Indian journal of veterinary science and animal husbandry - Volumes 22-23, 1952-1953
Year: 1952
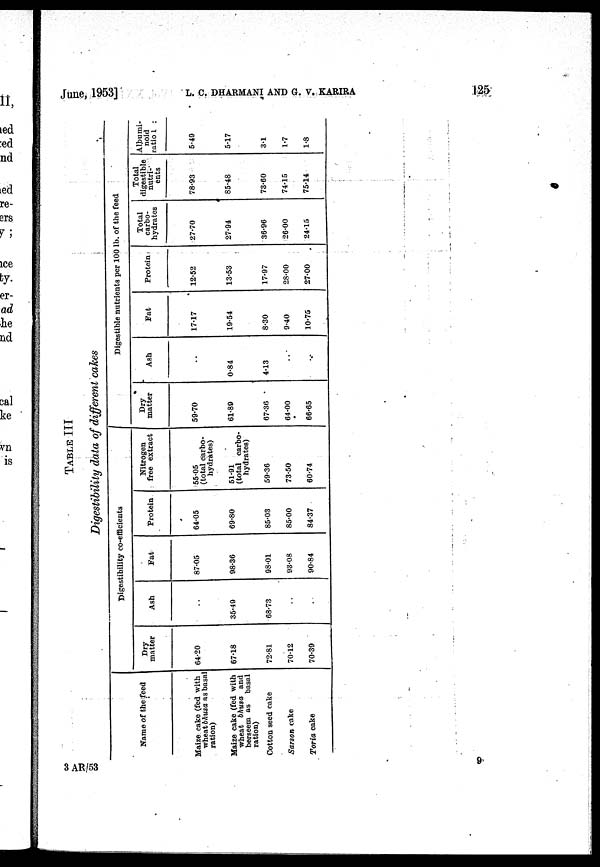
June, 1953]
L.
C.
DHARMANI
AND
G.
V.
KARIRA
125
TABLE III
Digestibility data of different cakes
Name of the feed
Maize cake (fed with
wheat bhusa as basal
ration)
Maize cake (fed with
wheat bhusa and
berseem as basal
ration)
Cotton seed cake
Sarson cake
Toria cake
Digestibility co-efficients
Dry
matter
64.20
67.18
72.81
70.12
70.39
Ash
..
35.49
68.73
..
..
Fat
87.05
98.36
98.01
93.08
90.84
Protein
64.05
69.80
85.03
85.00
84.37
Nitrogen
free extract
55.05
(total carbo-
hydrates)
51.91
(total carbo-
hydrates)
59.36
73.50
60.74
Digestible nutrients per 100 lb. of the feed
Dry
matter
59.70
61.89
67.36
64.00
66.65
Ash
..
0.84
4.13
..
..
Fat
17.17
19.54
8.30
9.40
10.75
Protein
12.52
13.53
17.97
28.00
27.00
Total
carbo-
hydrates
27.70
27.94
36.96
26.00
24.15
Total
digestible
nutri-
ents
78.93
85.48
73.60
74.15
75.14
Albumi
noid
ratio 1 :
5.49
5.17
3.1
1.7
1.8
3 AR/53